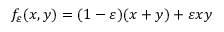
f _ { \varepsilon } ( x , y ) = ( 1 - \varepsilon ) ( x + y ) + \varepsilon x y